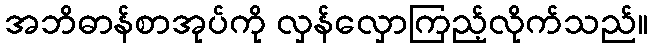
အဘိဓာန်စာအုပ်ကို လှန်လှောကြည့်လိုက်သည်။